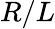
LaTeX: R/L